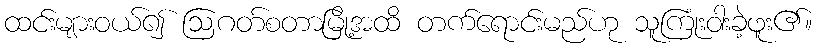
ထင်းများဝယ်၍ ဩဂတ်စတာမြို့အထိ တက်ရောင်းမည်ဟု သူကြုံးဝါးခဲ့ဖူး၏။